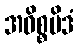
အဓိစ္စမိဒံ